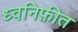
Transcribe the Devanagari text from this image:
ध्वनिफ़ीत